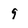
Character: 9